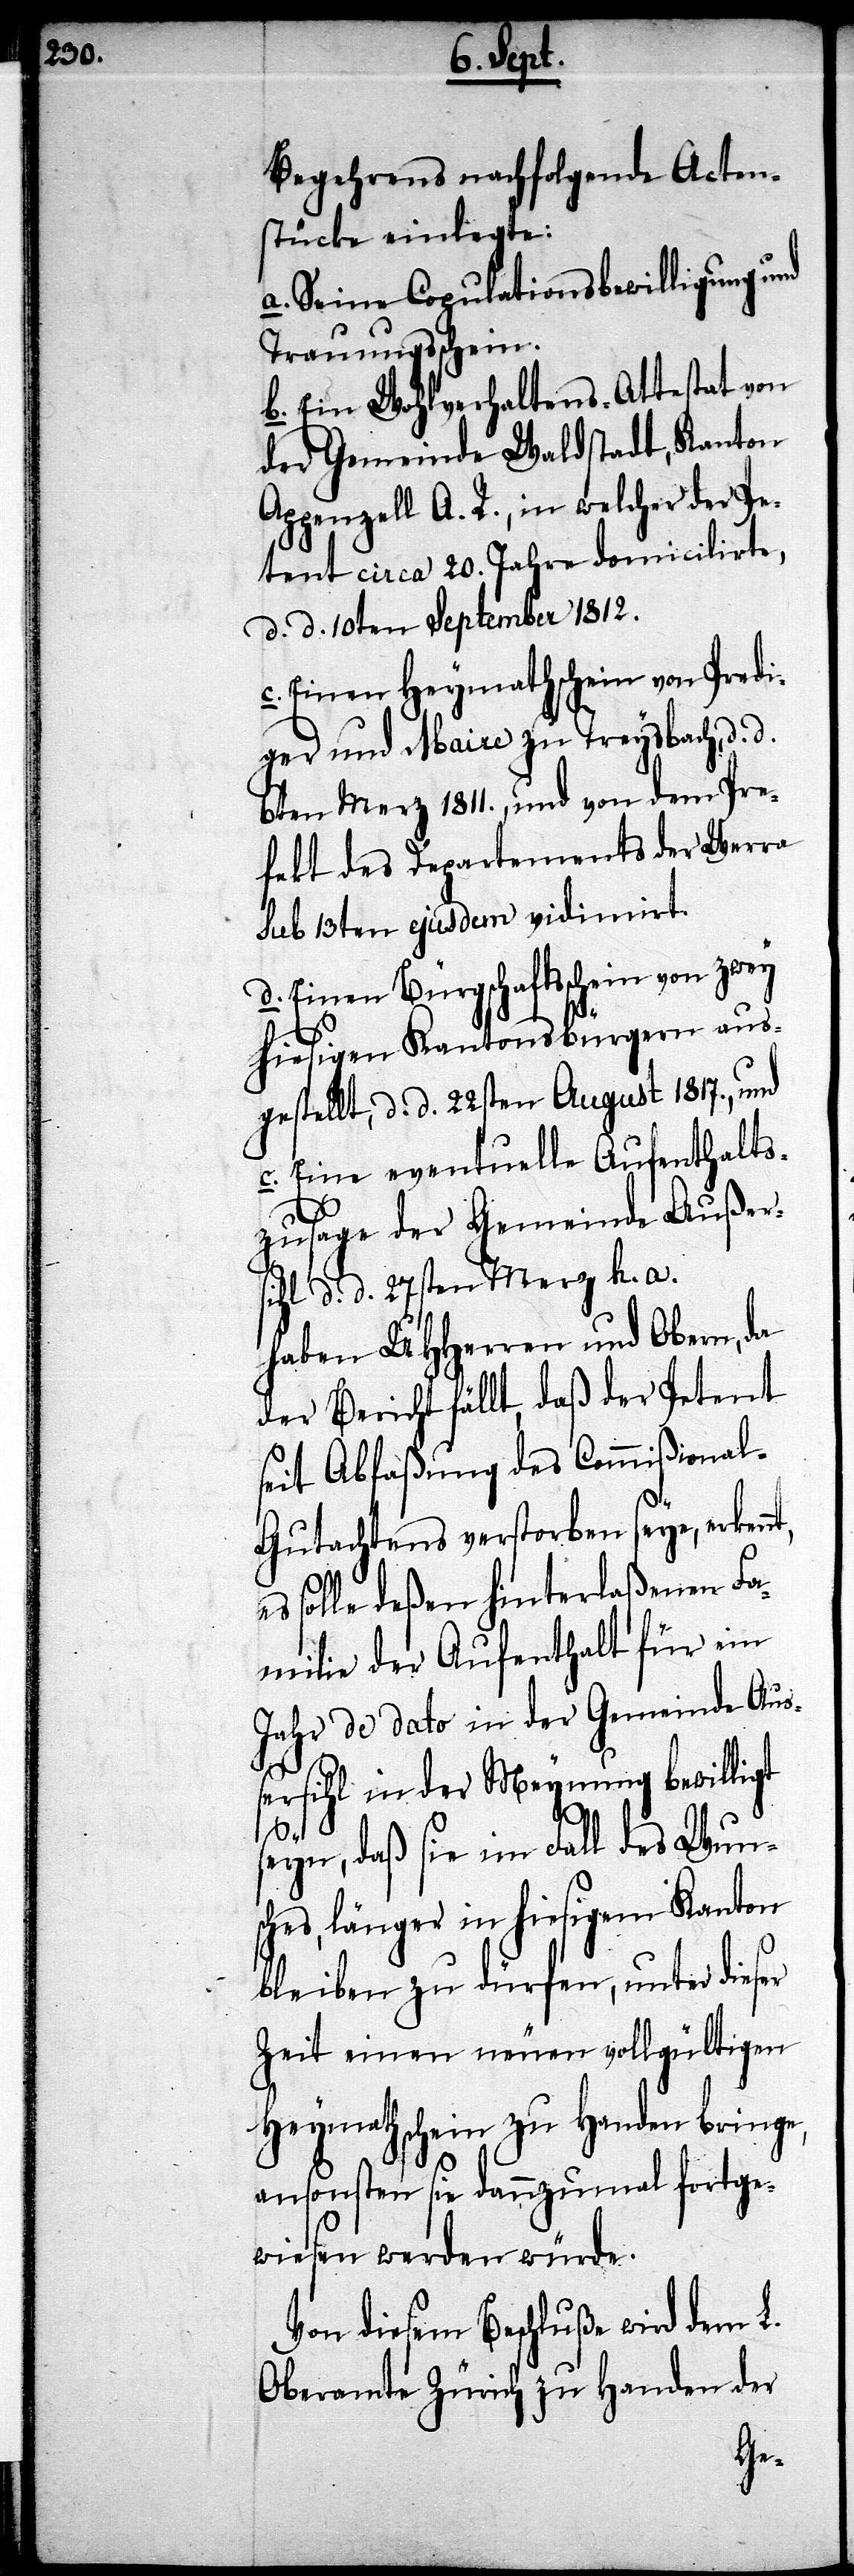
Begehrens nachfolgende Acten¬
stücke einlegte:
a. Seine Copulationsbewilligung und
Trauungsschein.
b. Ein Wohlverhaltens-Attestat von
der Gemeinde Waldstadt, Kanton
Appenzell A. R., in welcher der Pe¬
tent circa 20. Jahre domicilirte,
d. d. 10ten September 1812.
c. Einen Heymathschein von Predi¬
ger und Maire zu Treysbach, d. d.
6ten Merz 1811., und von dem Pre¬
fekt des Departements der Werra
sub 13ten ejusdem vidimirt.
d. Einen Bürgschaftsschein von zwey
hiesigen Kantonsbürgern aus¬
gestellt, d. d. 22sten August 1817., und
c. Eine eventuelle Aufenthalts¬
zusage der Gemeinde Außer¬
sihl d. d. 27sten Merz h. a.
haben UHHerren und Obern, da
der Bericht fällt, daß der Petent
seit Abfaßung des Commißional-G¬
utachtens verstorben seye, erkenn¬
solle deßen hinterlaßenen Fa¬
milie der Aufenthalt für ein
Jahr de dato in der Gemeinde Auß¬
ersihl in der Meynung bewilligt
seyn, daß sie im Fall des Wuns¬
ches, länger in hiesigem Kanton
bleiben zu dürfen, unter dieser
Zeit einen neuen vollgültigen
Heymathschein zu Handen bringe,
ansonsten sie dannzumal fortge¬
wiesen werden würde.
Von diesem Beschluße wird dem L.
Oberamte Zürich zu Handen der
t,